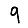
Digit: 9